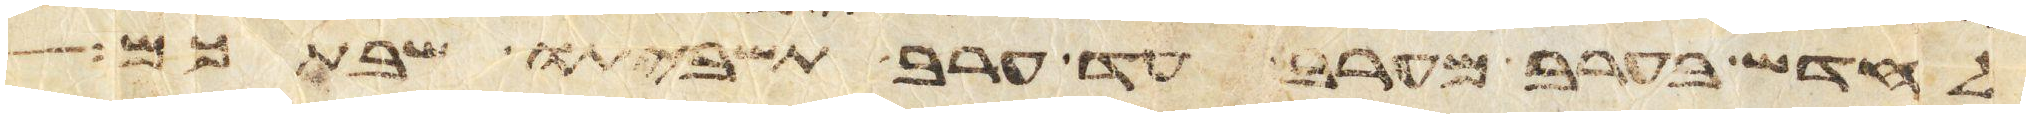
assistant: לחדש בערב מערב עד ערב תשביתו שבתכם